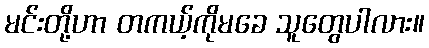
မင်းတို့ဟာ တကယ့်ကိုမခေ သူတွေပါလား။